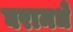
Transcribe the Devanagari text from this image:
घरामधे